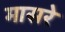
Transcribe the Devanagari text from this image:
मासरे